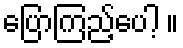
ပြောကြည့်ပေါ့ ။